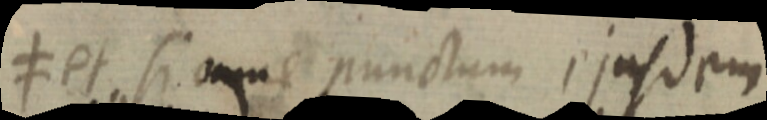
≠ et si omne punctum ejusdem